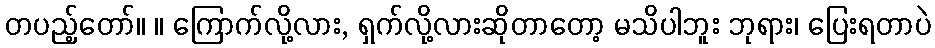
တပည့်တော်။ ။ ကြောက်လို့လား, ရှက်လို့လားဆိုတာတော့ မသိပါဘူး ဘုရား၊ ပြေးရတာပဲ